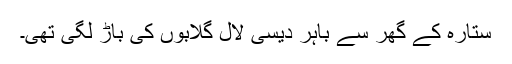
ستارہ کے گھر سے باہر دیسی لال گلابوں کی باڑ لگی تھی۔